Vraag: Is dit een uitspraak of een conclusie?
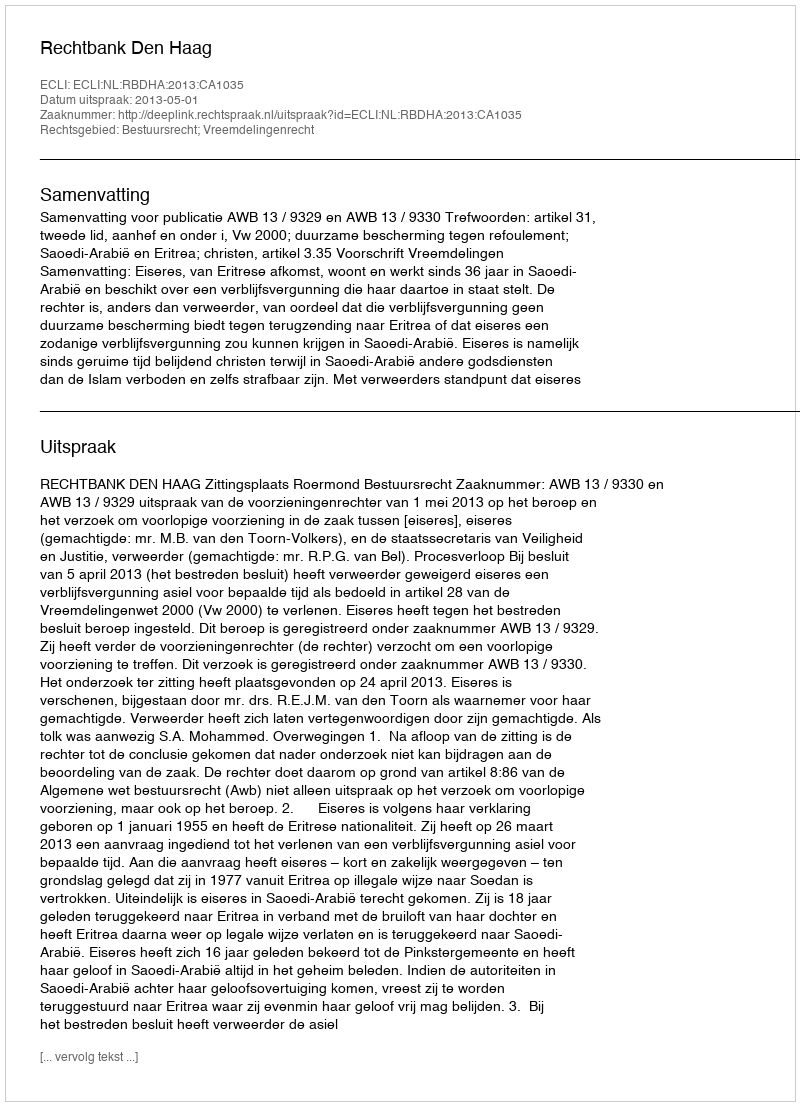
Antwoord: Uitspraak